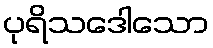
ပုရိသဒေါသော